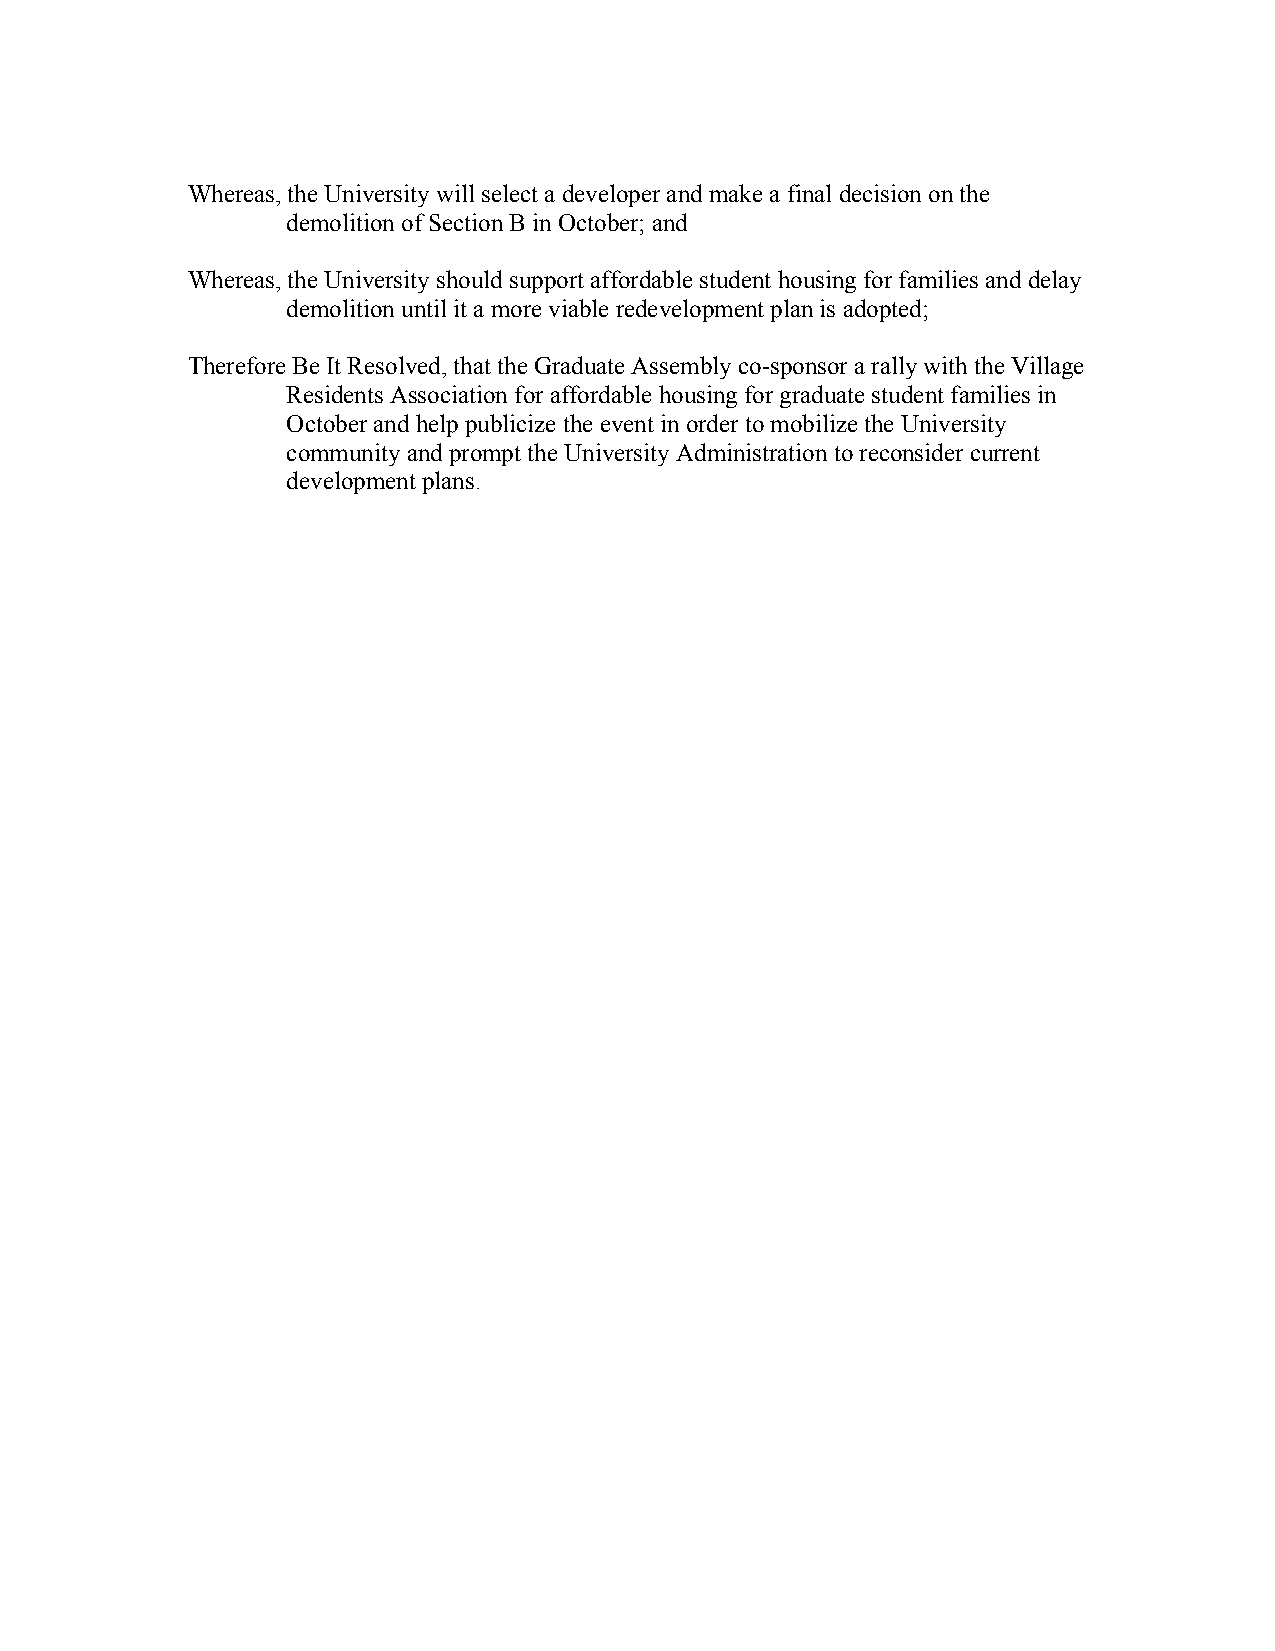
Whereas, the University will select a developer and make a final decision on the
 demolition of Section B in October; and
 Whereas, the University should support affordable student housing for families and delay
 demolition until it a more viable redevelopment plan is adopted;
 Therefore Be It Resolved, that the Graduate Assembly co-sponsor a rally with the Village
 Residents Association for affordable housing for graduate student families in
 October and help publicize the event in order to mobilize the University
 community and prompt the University Administration to reconsider current
 development plans.